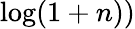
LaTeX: \log(1+n))